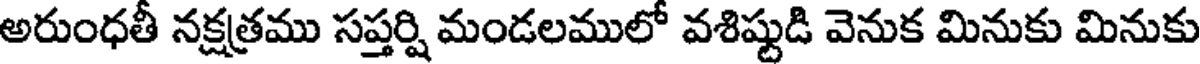
అరుంధతీ నక్షత్రము సప్తర్షి మండలములో వశిష్టుడి వెనుక మినుకు మినుకు